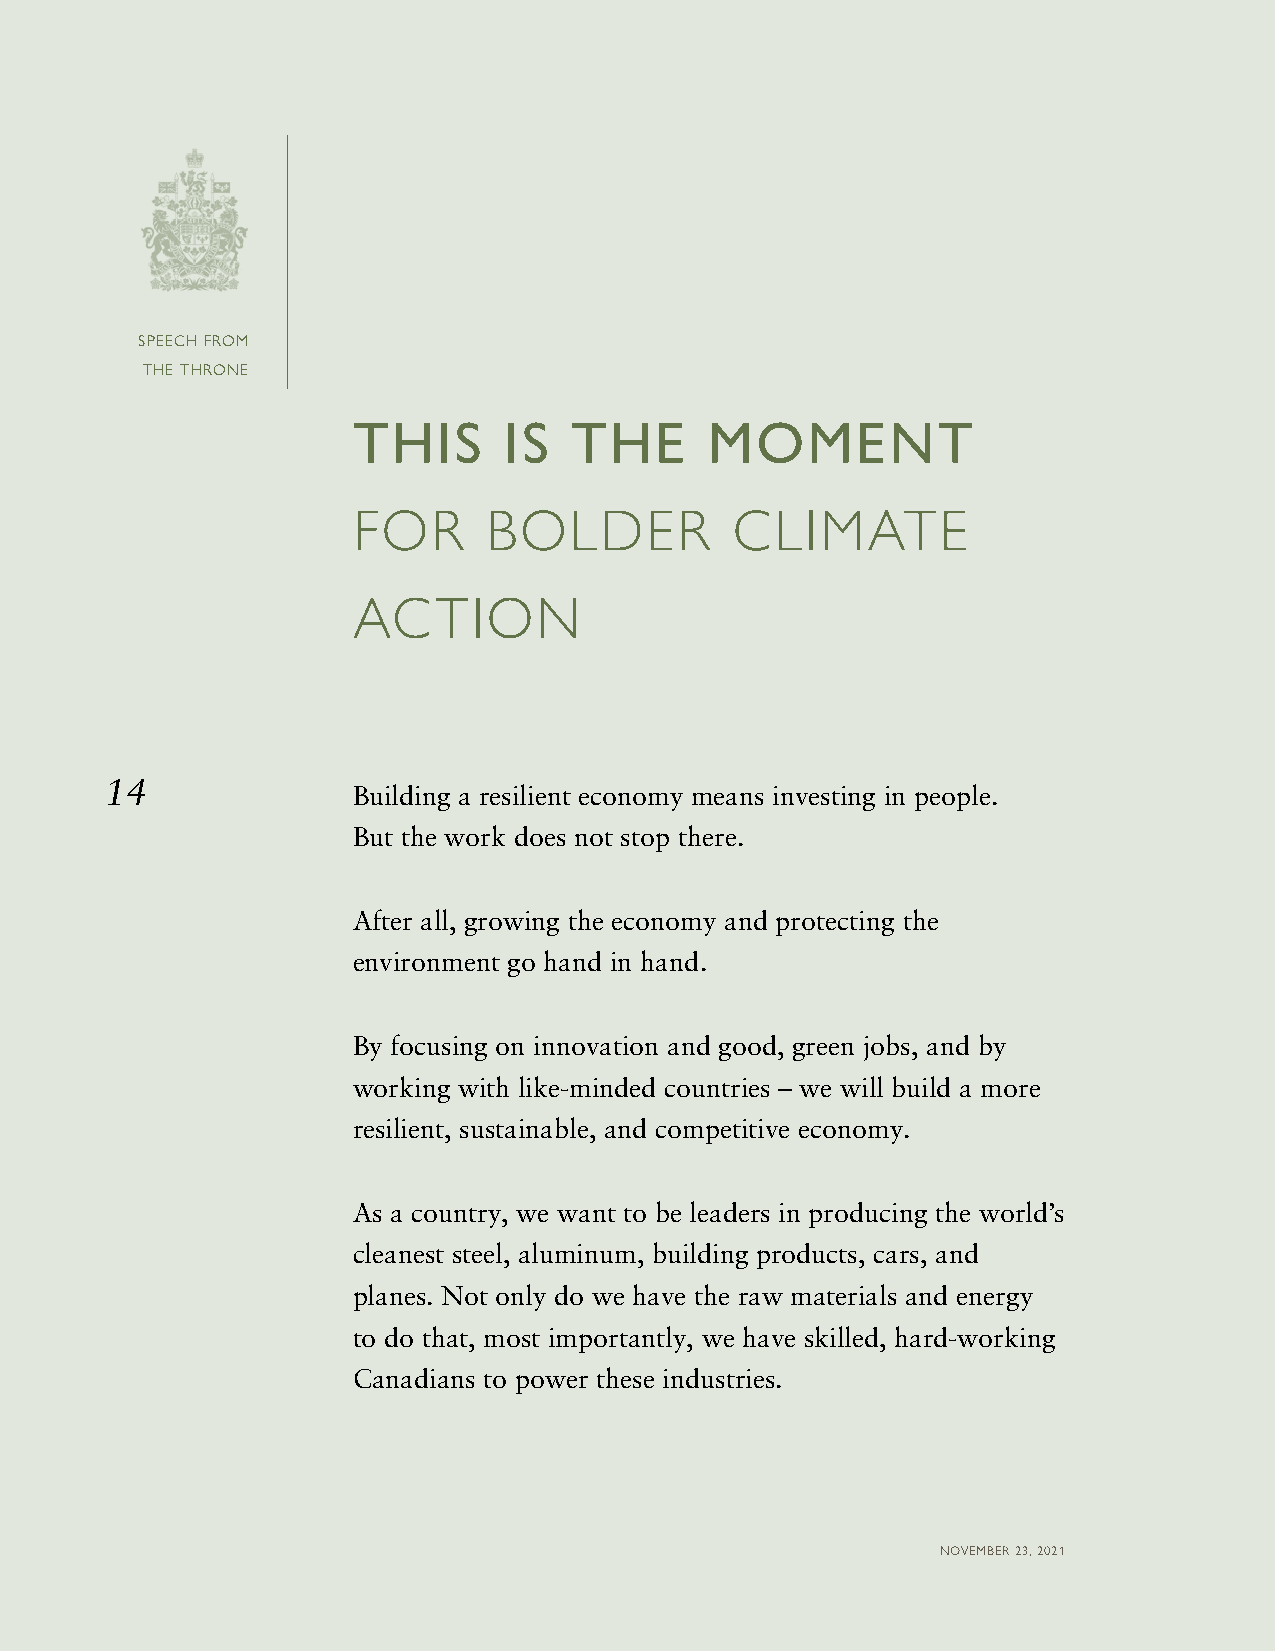
SPEECH FROM
 THE THRONE
 THIS      IS   THE      MOMENT
 FOR      BOLDER           CLIMATE
 ACTION
 14
 Building a resilient economy means investing in people.
 But the work does not stop there.
 After all, growing the economy and protecting the
 environment go hand in hand.
 By focusing on innovation and good, green jobs, and by
 working with like-minded countries – we will build a more
 resilient, sustainable, and competitive economy.
 As a country, we want to be leaders in producing the world’s
 cleanest steel, aluminum, building products, cars, and
 planes. Not only do we have the raw materials and energy
 to do that, most importantly, we have skilled, hard-working
 Canadians to power these industries.
 NOVEMBER 23, 2021